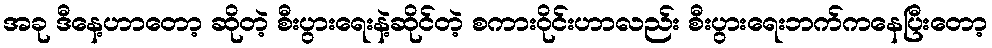
အခု ဒီနေ့ဟာတော့ ဆိုတဲ့ စီးပွားရေးနဲ့ဆိုင်တဲ့ စကားဝိုင်းဟာလည်း စီးပွားရေးဘက်ကနေပြီးတော့